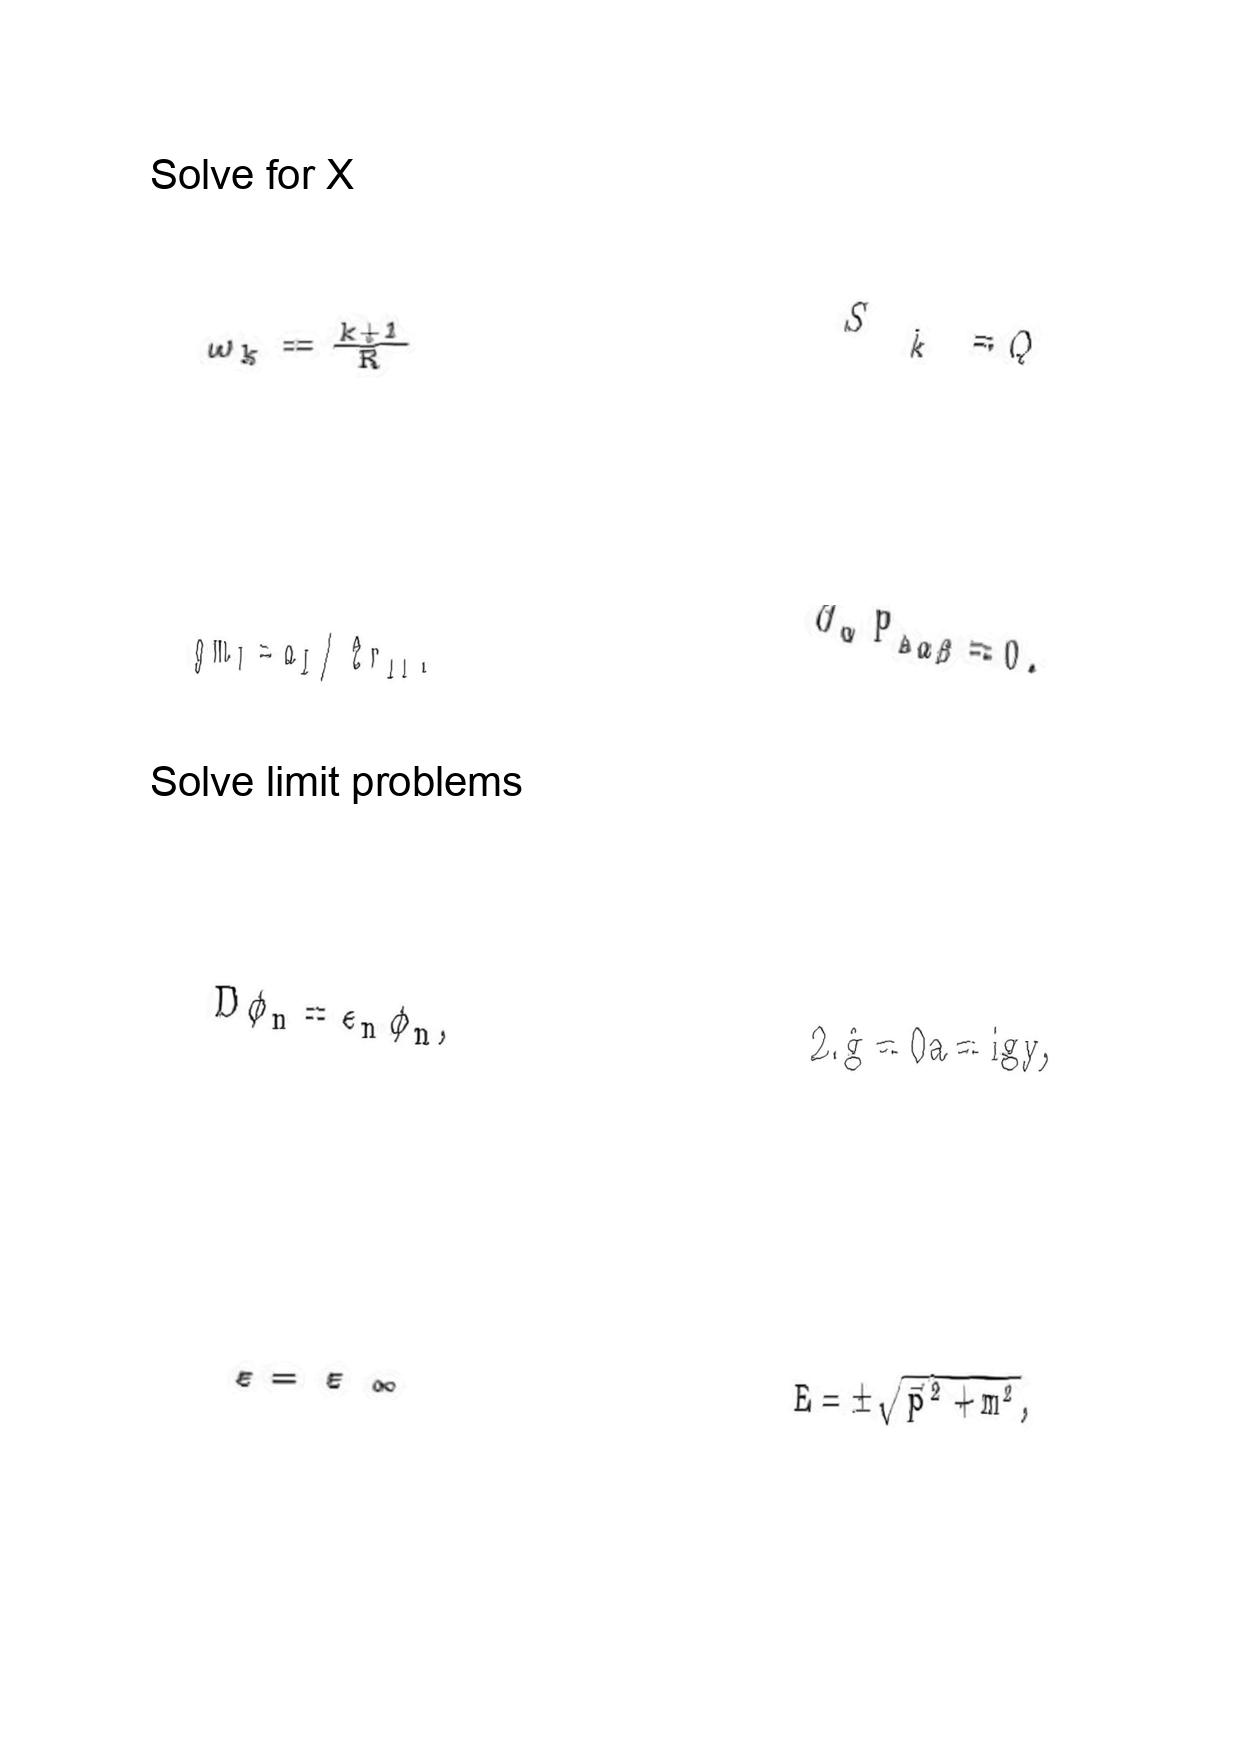
LaTeX transcription:
\omega _ { k } = \frac { k + 1 } { R }
g m _ { I } = a _ { I } / 2 r _ { 1 1 } .
D \phi _ { n } = \epsilon _ { n } \phi _ { n } ,
\varepsilon = \varepsilon _ { \infty }
\tilde { S } _ { \tilde { k } } = Q
\partial _ { \alpha } P _ { A \alpha \beta } = 0 .
2 . \hat { g } = 0 a = i g y ,
E = \pm \sqrt { \vec { p } ^ { 2 } + m ^ { 2 } } ,